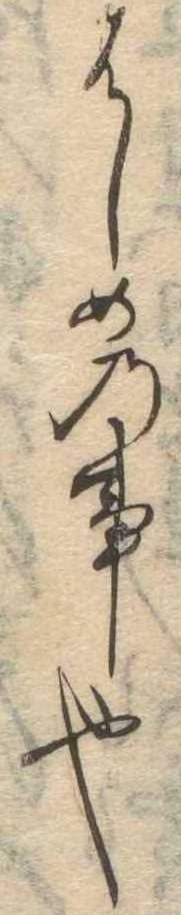
はしめの事也